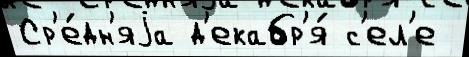
Ср'е́дн'яjа д'екабр'я́ с'ел'е